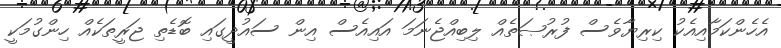
އެހެންކަމާއިއެކު ކިރިޔާވެސް ފުރުޞަތެއް ލިބިއްޖެނަމަ އައިއެސް އިން ސައުދީގައި ބޮޑެތި ޖަރީތަކެއް ހިންގުމަކީ